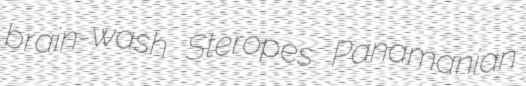
brain-wash Steropes Panamanian